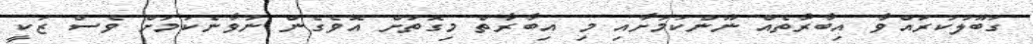
ގަބޫލުކުރައްވާ އިބާރާތެއް ނޫންކަމަށާއި މި އިބާރާތް މިގޮތަށް އޮވެގެން ނުވާނެކަމަށް ވެސް ޒަކީ